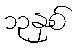
၁၃နှစ်